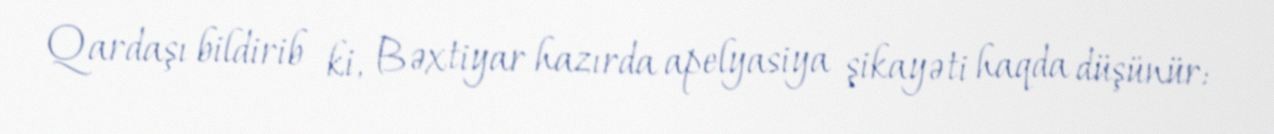
Qardaşı bildirib ki, Bəxtiyar hazırda apelyasiya şikayəti haqda düşünür: